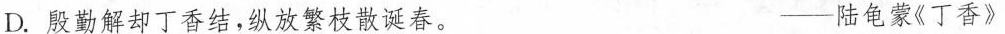
D.殷勤解却丁香结，纵放繁枝散诞春。 ——陆龟蒙《丁香》